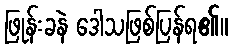
ဖြုန်းခနဲ ဒေါသဖြစ်ပြန်ရ၏။